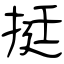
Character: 挺